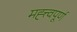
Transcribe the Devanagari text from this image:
मह्त्त्वपूर्ण